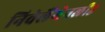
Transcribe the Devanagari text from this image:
निवेलैंगेनलीड